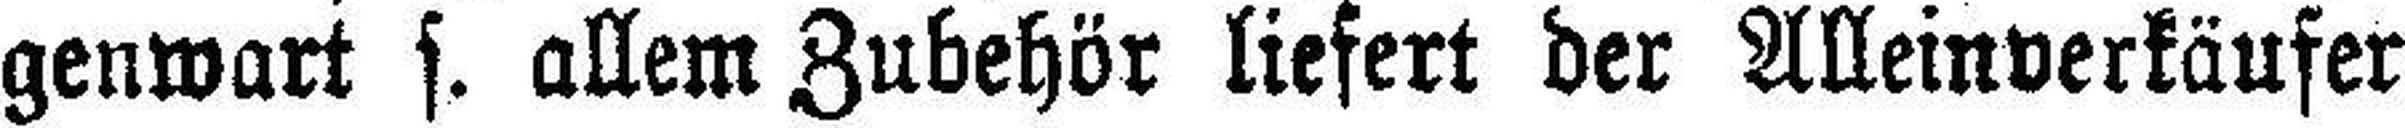
genwart s. allem Zubehör liefert der Alleinverkäufer